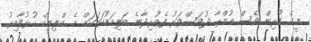
މީގެ ކުރިން ވެސް އުމްރާ ދުވަސްވަރު ފެތުރިދާނެ ބަލިމަޑުކަމަކަށް އެ ކްލިނިކް ހުޅުވާއިރު